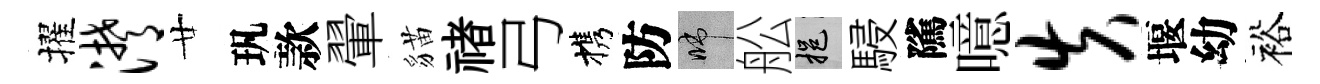
擢潸廿㺬款翬貓禇弓携防啼舩挹駸隲噫失堰幼裕